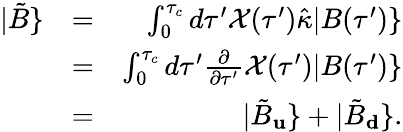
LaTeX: \begin{array}{rlr}{|\tilde{B}\} }&{=}&{\int_{0}^{\tau_{c}}d\tau^{\prime}\mathcal{X}(\tau^{\prime})\hat{\kappa}|B(\tau^{\prime})\} }\\ &{=}&{\int_{0}^{\tau_{c}}d\tau^{\prime}\frac{\partial}{\partial\tau^{\prime}}\mathcal{X}(\tau^{\prime})|B(\tau^{\prime})\} }\\ &{=}&{|\tilde{B}_{\mathbf u}\} +|\tilde{B}_{\mathbf d}\} .}\end{array}